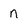
Character: n